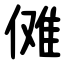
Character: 傩